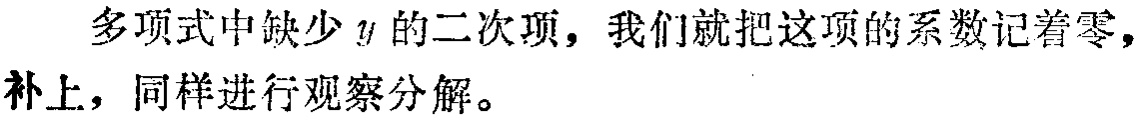
多项式中缺少\(y\)的二次项，我们就把这项的系数记着零，补上，同样进行观察分解。